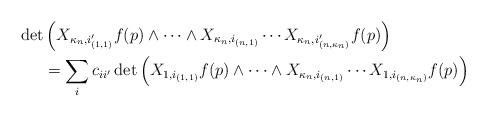
LaTeX: \begin{align*}\det & \left(X_{\kappa_n,i_{(1,1)}'} f(p) \wedge \cdots \wedge X_{\kappa_n,i_{(n,1)}} \cdots X_{\kappa_n,i_{(n,\kappa_n)}'} f(p) \right) \\ & = \sum_{i} c_{ii'} \det \left(X_{1,i_{(1,1)}} f(p) \wedge \cdots \wedge X_{\kappa_n,i_{(n,1)}} \cdots X_{1,i_{(n,\kappa_n)}} f(p) \right) \end{align*}